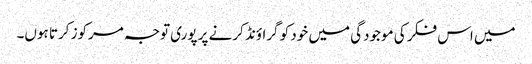
میں اس فکر کی موجودگی میں خود کو گراؤنڈ کرنے پر پوری توجہ مرکوز کرتا ہوں۔